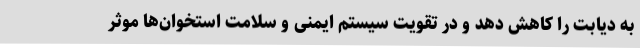
به دیابت را کاهش دهد و در تقویت سیستم ایمنی و سلامت استخوان‌ها موثر